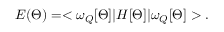
E ( \Theta ) = < \omega _ { Q } [ \Theta ] | H [ \Theta ] | \omega _ { Q } [ \Theta ] > .